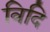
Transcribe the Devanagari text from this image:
विदि